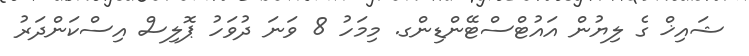
ޝައިޚް ގެ ލިޔުން އައުޓްސްޓޭންޑިންގ. މިމަހު 8 ވަނަ ދުވަހު ޕޮލިސް އިސްކަންދަރު